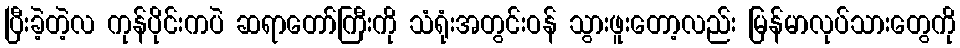
ပြီးခဲ့တဲ့လ ကုန်ပိုင်းကပဲ ဆရာတော်ကြီးကို သံရုံးအတွင်းဝန် သွားဖူးတော့လည်း မြန်မာလုပ်သားတွေကို